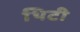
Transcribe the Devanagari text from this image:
थिटी